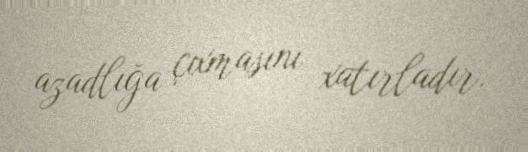
azadlığa çıxmasını xatırladır.